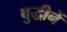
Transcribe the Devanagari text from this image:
बुद्धीनें